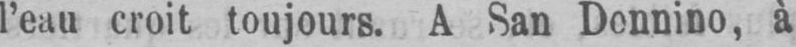
à